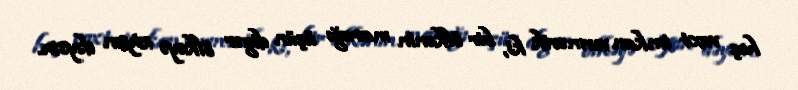
heç vaxt imkan vermərik ki, bir ölkənin marağı üçün digər ölkəyə ziyan dəysin.